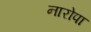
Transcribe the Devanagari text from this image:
नारोपा